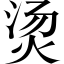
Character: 烫